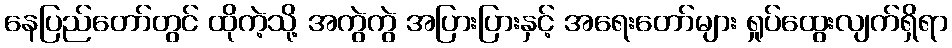
နေပြည်တော်တွင် ထိုကဲ့သို့ အကွဲကွဲ အပြားပြားနှင့် အရေးတော်များ ရှုပ်ထွေးလျက်ရှိရာ